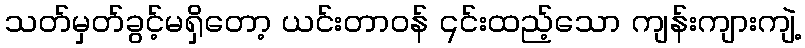
သတ်မှတ်ခွင့်မရှိတော့ ယင်းတာဝန် ၎င်းထည့်သော ကျန်းကျားကျဲ့